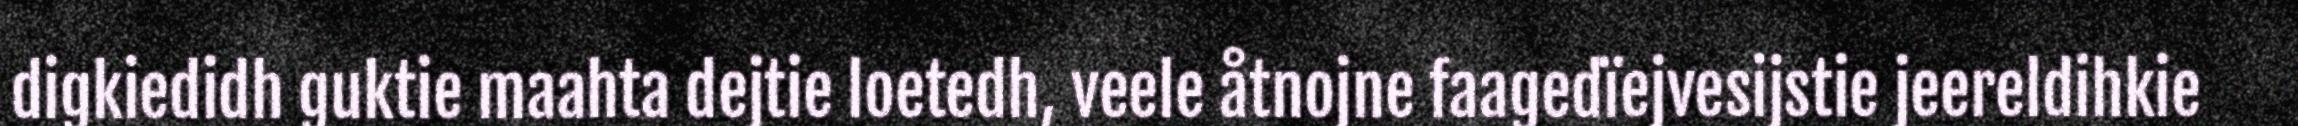
digkiedidh guktie maahta dejtie loetedh, veele åtnojne faagedïejvesijstie jeereldihkie